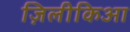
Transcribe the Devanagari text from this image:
ज़िलीकिआ